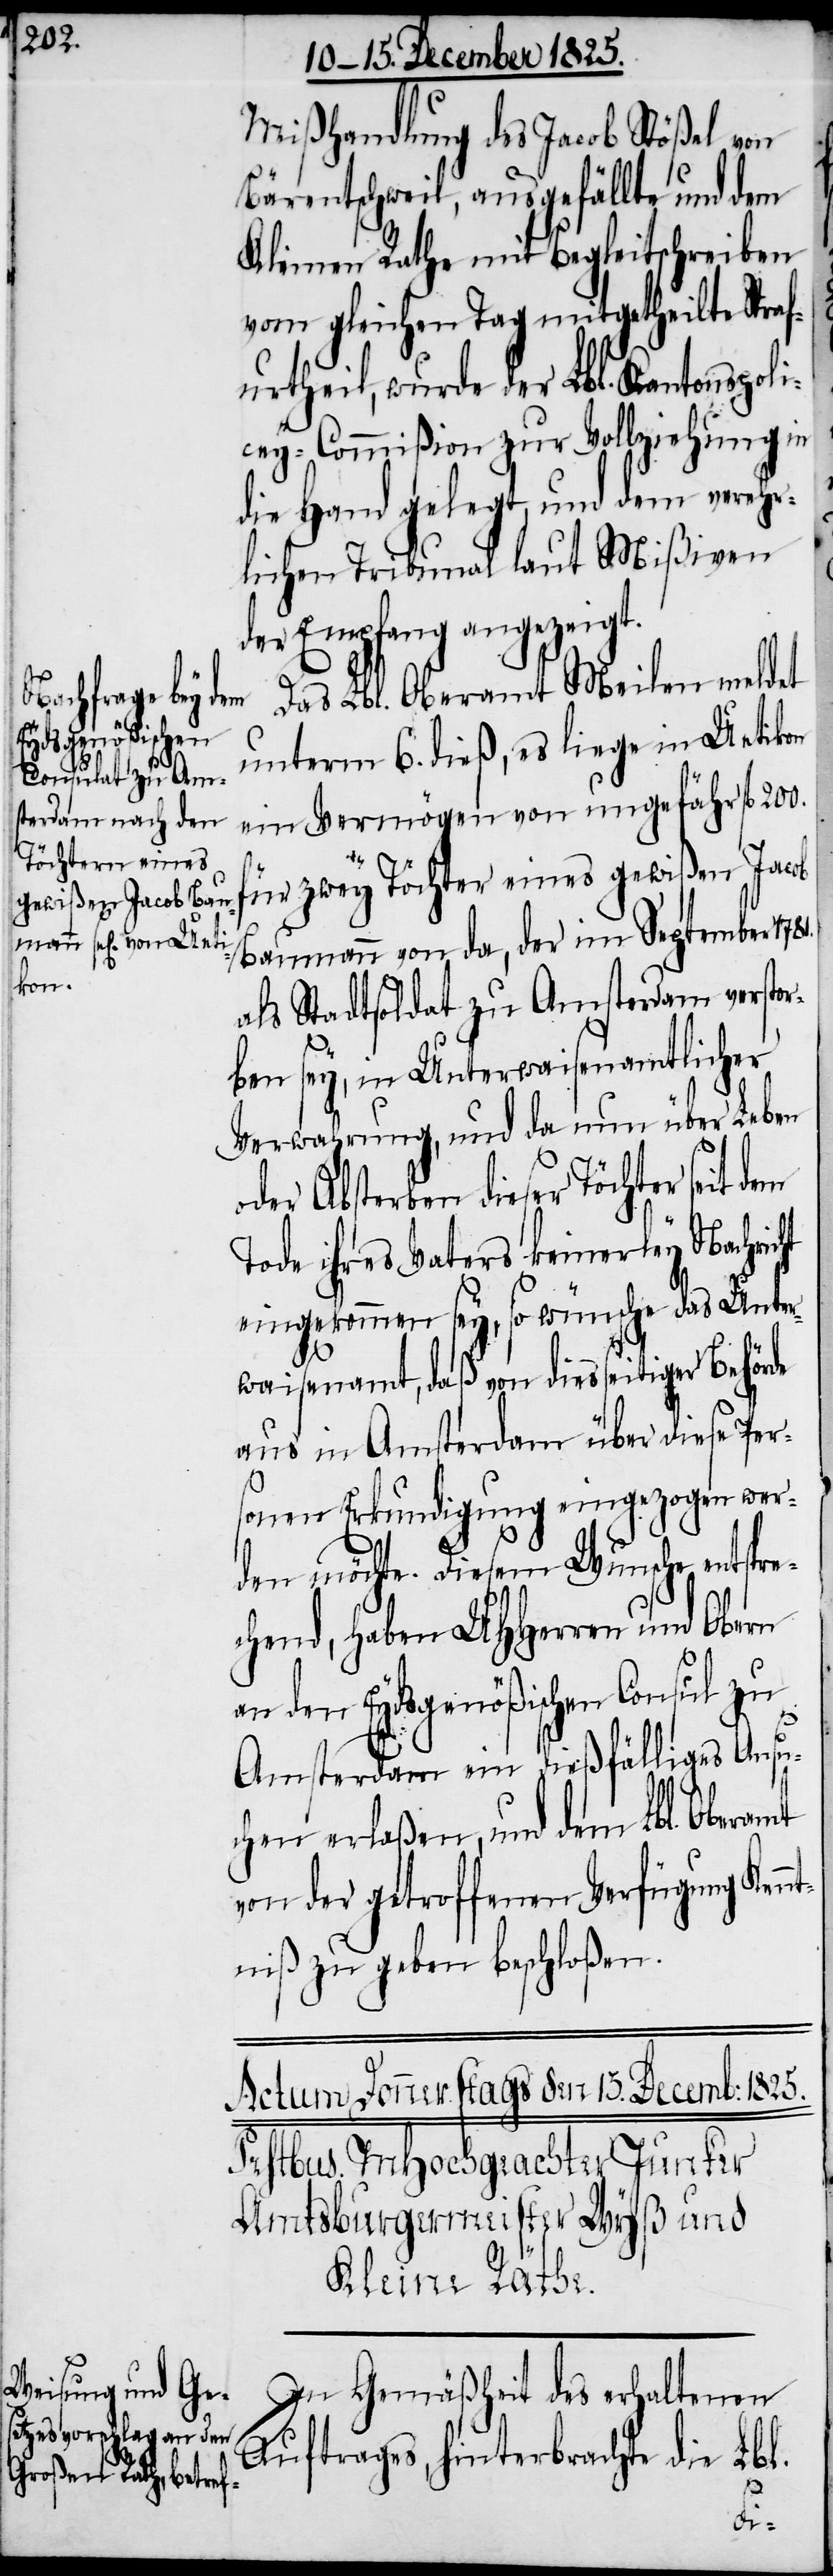
Mißhandlung des Jacob Stößel von
Bärentschweil, ausgefällte und dem
Kleinen Rathe mit Begleitschreiben
vom gleichen Tag mitgetheilte Straf¬
urtheil, wurde der Lbl. Kantonspol¬
icey-Commißion zur Vollziehung in
die Hand gelegt, und dem verehr¬
lichen Tribunal laut Mißiven
der Empfang angezeigt.
Das Lbl. Oberamt Meilen meldet
unterm 6. dieß, es liege in Uetikon
ein Vermögen von ungefähr fl. 200.
für zwey Töchter eines gewißen Jacob
Baumann von da, der im September 1781.
als Stadtsoldat zu Amsterdam verstor¬
ben sey, in Unterwaisenamtlicher
Verwahrung, und da nun über Leben
oder Absterben dieser Töchter seit dem
Tode ihres Vaters keinerley Nachricht
eingekommen sey, so wünsche das Unter¬
waisenamt, daß von diesseitiger Behörde
aus in Amsterdam über diese Per¬
sonen Erkundigung eingezogen wer¬
den möchte. Diesem Wunsche entspre¬
chend, haben UHHerren und Obern
an den Eydsgenößischen Consul zu
Amsterdam ein dießfälliges Ansu¬
chen erlaßen, und dem Lbl. Oberamt
von der getroffenen Verfügung Ken¬
ntniß zu geben beschloßen.
In Gemäßheit des erhaltenen
Auftrages, hinterbrachte die Lbl.
154.